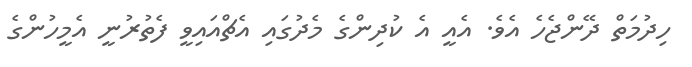
ހިދުމަތް ދޭންޖެހެ އެވެ. އެއީ އެ ކުދިންގެ މެދުގައި އެޗްއައިވީ ފެތުރުނީ އެމީހުންގެ